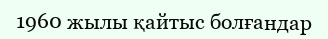
1960 жылы қайтыс болғандар